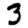
Digit: 3